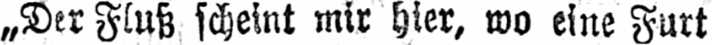
„Der Fluß scheint mir hier, wo eine Furt